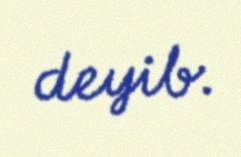
deyib.